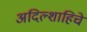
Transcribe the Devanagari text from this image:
अदिल्शाहिचे